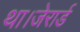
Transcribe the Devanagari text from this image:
था।जेरार्ड